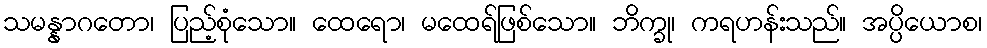
သမန္နာဂတော၊ ပြည့်စုံသော။ ထေရော၊ မထေရ်ဖြစ်သော။ ဘိက္ခု၊ ကရဟန်းသည်။ အပ္ပိယောစ၊